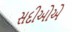
સદીઓએ